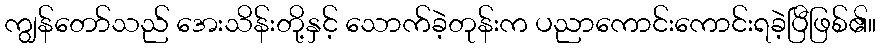
ကျွန်တော်သည် အေးသိန်းတို့နှင့် သောက်ခဲ့တုန်းက ပညာကောင်းကောင်းရခဲ့ပြီဖြစ်၏။